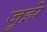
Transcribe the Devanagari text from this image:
जुझे